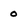
Character: 0